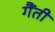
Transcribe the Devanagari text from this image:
गैंती